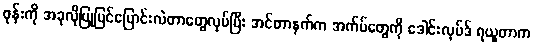
ဖုန်းကို အခုလိုပြုပြင်ပြောင်းလဲတာတွေလုပ်ပြီး အင်တာနက်က အက်ပ်တွေကို ဒေါင်းလုပ်ဒ် ရယူတာက